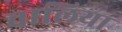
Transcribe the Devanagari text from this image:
चालिया